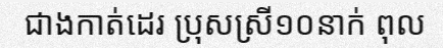
ជាងកាត់ដេរ ប្រុសស្រី១០នាក់ ពុល